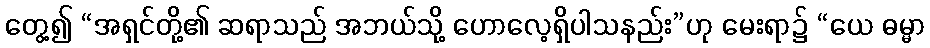
တွေ့၍ “အရှင်တို့၏ ဆရာသည် အဘယ်သို့ ဟောလေ့ရှိပါသနည်း”ဟု မေးရာ၌ “ယေ ဓမ္မာ